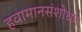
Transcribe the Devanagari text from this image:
हवामानसंशोधन